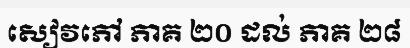
សៀវភៅ ភាគ ២០ ដល់ ភាគ ២៨